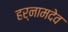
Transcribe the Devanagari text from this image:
हर्नामदेव